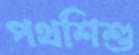
পথশিশু